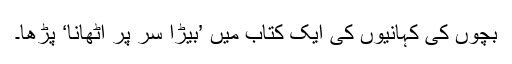
بچوں کی کہانیوں کی ایک کتاب میں ’بیڑا سر پر اٹھانا‘ پڑھا۔